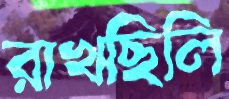
রাখছিলি